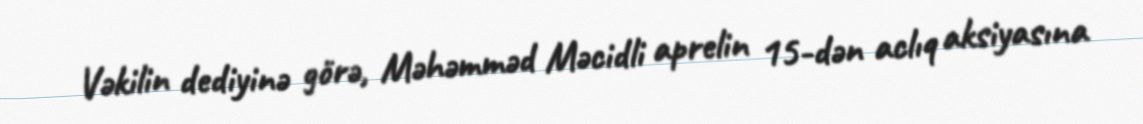
Vəkilin dediyinə görə, Məhəmməd Məcidli aprelin 15-dən aclıq aksiyasına